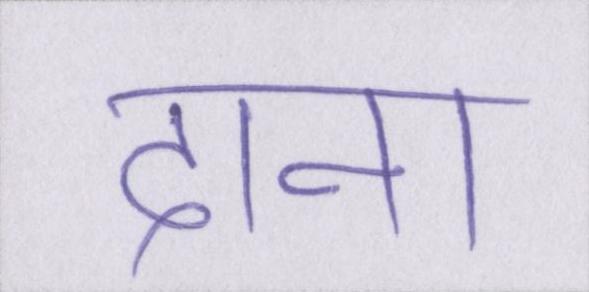
दाना